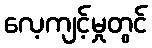
လေ့ကျင့်မှုတွင်